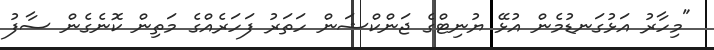
"މިހާރު އަޅުގަނޑުމެން އުޅޭ ޔުނިޓްގެ ޖަންކްޝަން ހަތަރު ފަހަރެއްގެ މަތިން ކޮނެގެން ސާފު